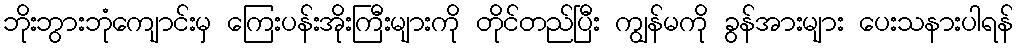
ဘိုးဘွားဘုံကျောင်းမှ ကြေးပန်းအိုးကြီးများကို တိုင်တည်ပြီး ကျွန်မကို ခွန်အားများ ပေးသနားပါရန်